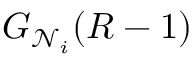
G _ { \mathcal { N } _ { i } } ( R - 1 )